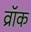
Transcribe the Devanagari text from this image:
व्रॉक